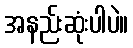
အနည်းဆုံးပါပဲ။